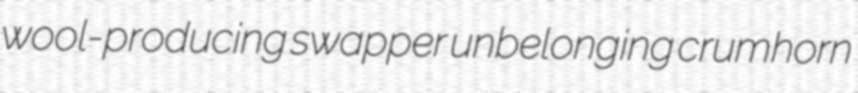
wool-producing swapper unbelonging crumhorn